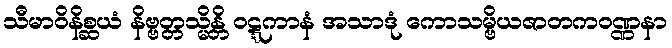
သီမာဝိနိစ္ဆယံ နိဗ္ဗတ္တသ္မိန္တိ ဝဋ္ဋကာနံ အသာဒုံ ကောသမ္ဗိယဇာတကဝဏ္ဏနာ